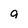
Character: g